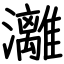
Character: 灕